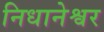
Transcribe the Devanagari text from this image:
निधानेश्वर